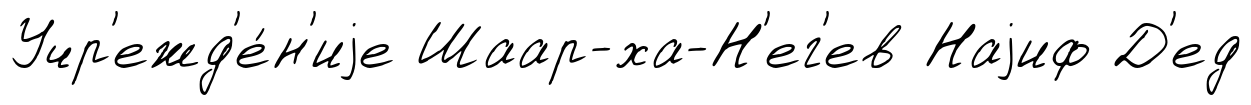
Учр'ежд'е́н'иjе Шаар-ха-Н'ег'ев Наjиф Д'ед